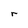
Character: r